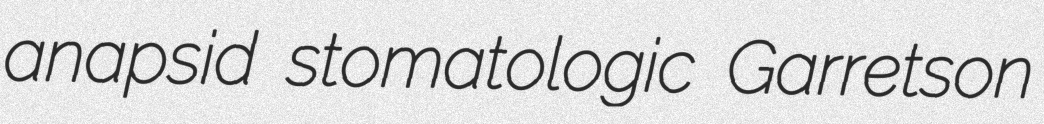
anapsid stomatologic Garretson